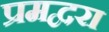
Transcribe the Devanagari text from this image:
प्रमद्वरा